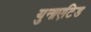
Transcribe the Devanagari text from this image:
युनाएटिड